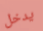
يدخل